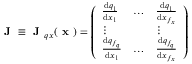
\textbf { J } \equiv \textbf { J } _ { q x } ( \textbf { x } ) = \left( \begin{array} { l l l } { \frac { \mathrm { d } q _ { 1 } } { \mathrm { d } x _ { 1 } } } & { \dots } & { \frac { \mathrm { d } q _ { 1 } } { \mathrm { d } x _ { f _ { x } } } } \\ { \vdots } & & { \vdots } \\ { \frac { \mathrm { d } q _ { f _ { q } } } { \mathrm { d } x _ { 1 } } } & { \dots } & { \frac { \mathrm { d } q _ { f _ { q } } } { \mathrm { d } x _ { f _ { x } } } } \end{array} \right)